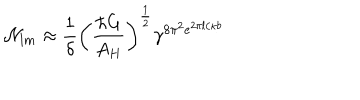
LaTeX: { \cal N } _ { l m } \approx { \frac { 1 } { \delta } } \left( { \frac { \hbar G } { A _ { H } } } \right) ^ { \frac { 1 } { 2 } } \gamma ^ { 8 \pi ^ { 2 } e ^ { 2 \pi l / \kappa b } }